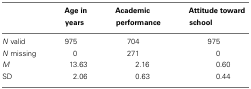
|  | Age in years | Academic performance | Attitude toward school |
 | --- | --- | --- | --- |
 | N valid | 975 | 704 | 975 |
 | N missing | 0 | 271 | 0 |
 | M | 13.63 | 2.16 | 0.60 |
 | SD | 2.06 | 0.63 | 0.44 |